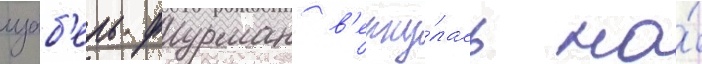
изаб'ель фурман в'ерну́лась на́